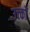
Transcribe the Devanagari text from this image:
उत्त्कों